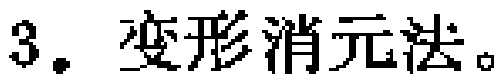
3. 变形消元法。